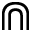
\Cap